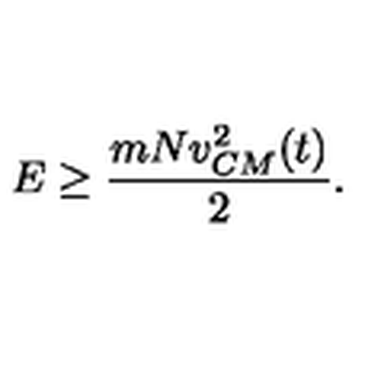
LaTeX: E \ge \frac { m N v _ { C M } ^ { 2 } ( t ) } { 2 } .